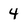
Character: 4